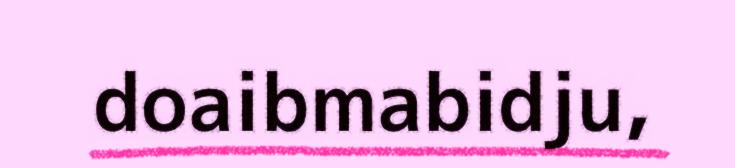
doaibmabidju,